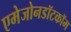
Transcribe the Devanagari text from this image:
एमेजोनडॉटकॉम